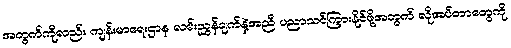
အတွက်ကိုလည်း ကျန်းမာရေးဌာန လမ်းညွှန်ချက်နဲ့အညီ ပညာသင်ကြားနိုင်ဖို့အတွက် လိုအပ်တာတွေကို